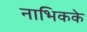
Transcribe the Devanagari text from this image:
नाभिकके